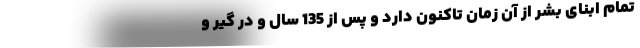
تمام ابنای بشر از آن زمان تا‌کنون دارد و پس از 135 سال و در گیر و